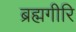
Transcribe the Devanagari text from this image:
ब्रह्मगीरि